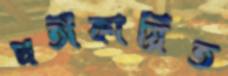
প্রতীকায়িত